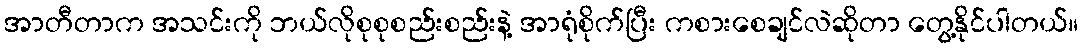
အာတီတာက အသင်းကို ဘယ်လိုစုစုစည်းစည်းနဲ့ အာရုံစိုက်ပြီး ကစားစေချင်လဲဆိုတာ တွေ့နိုင်ပါတယ်။